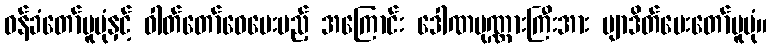
ဝန်ခံတော်မူပုံနှင့် ဓါတ်တော်ဝေပေးမည့် အကြောင်း ဒေါဏပုဏ္ဏားကြီးအား ဗျာဒိတ်ပေးတော်မူပုံ။